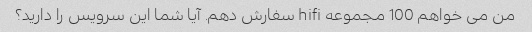
من می خواهم 100 مجموعه hifi سفارش دهم. آیا شما این سرویس را دارید؟